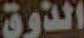
الذوق